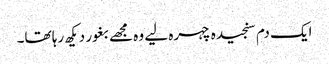
ایک دم سنجیدہ چہرہ لیے وہ مجھے بغور دیکھ رہا تھا۔